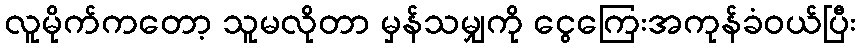
လူမိုက်ကတော့ သူမလိုတာ မှန်သမျှကို ငွေကြေးအကုန်ခံဝယ်ပြီး